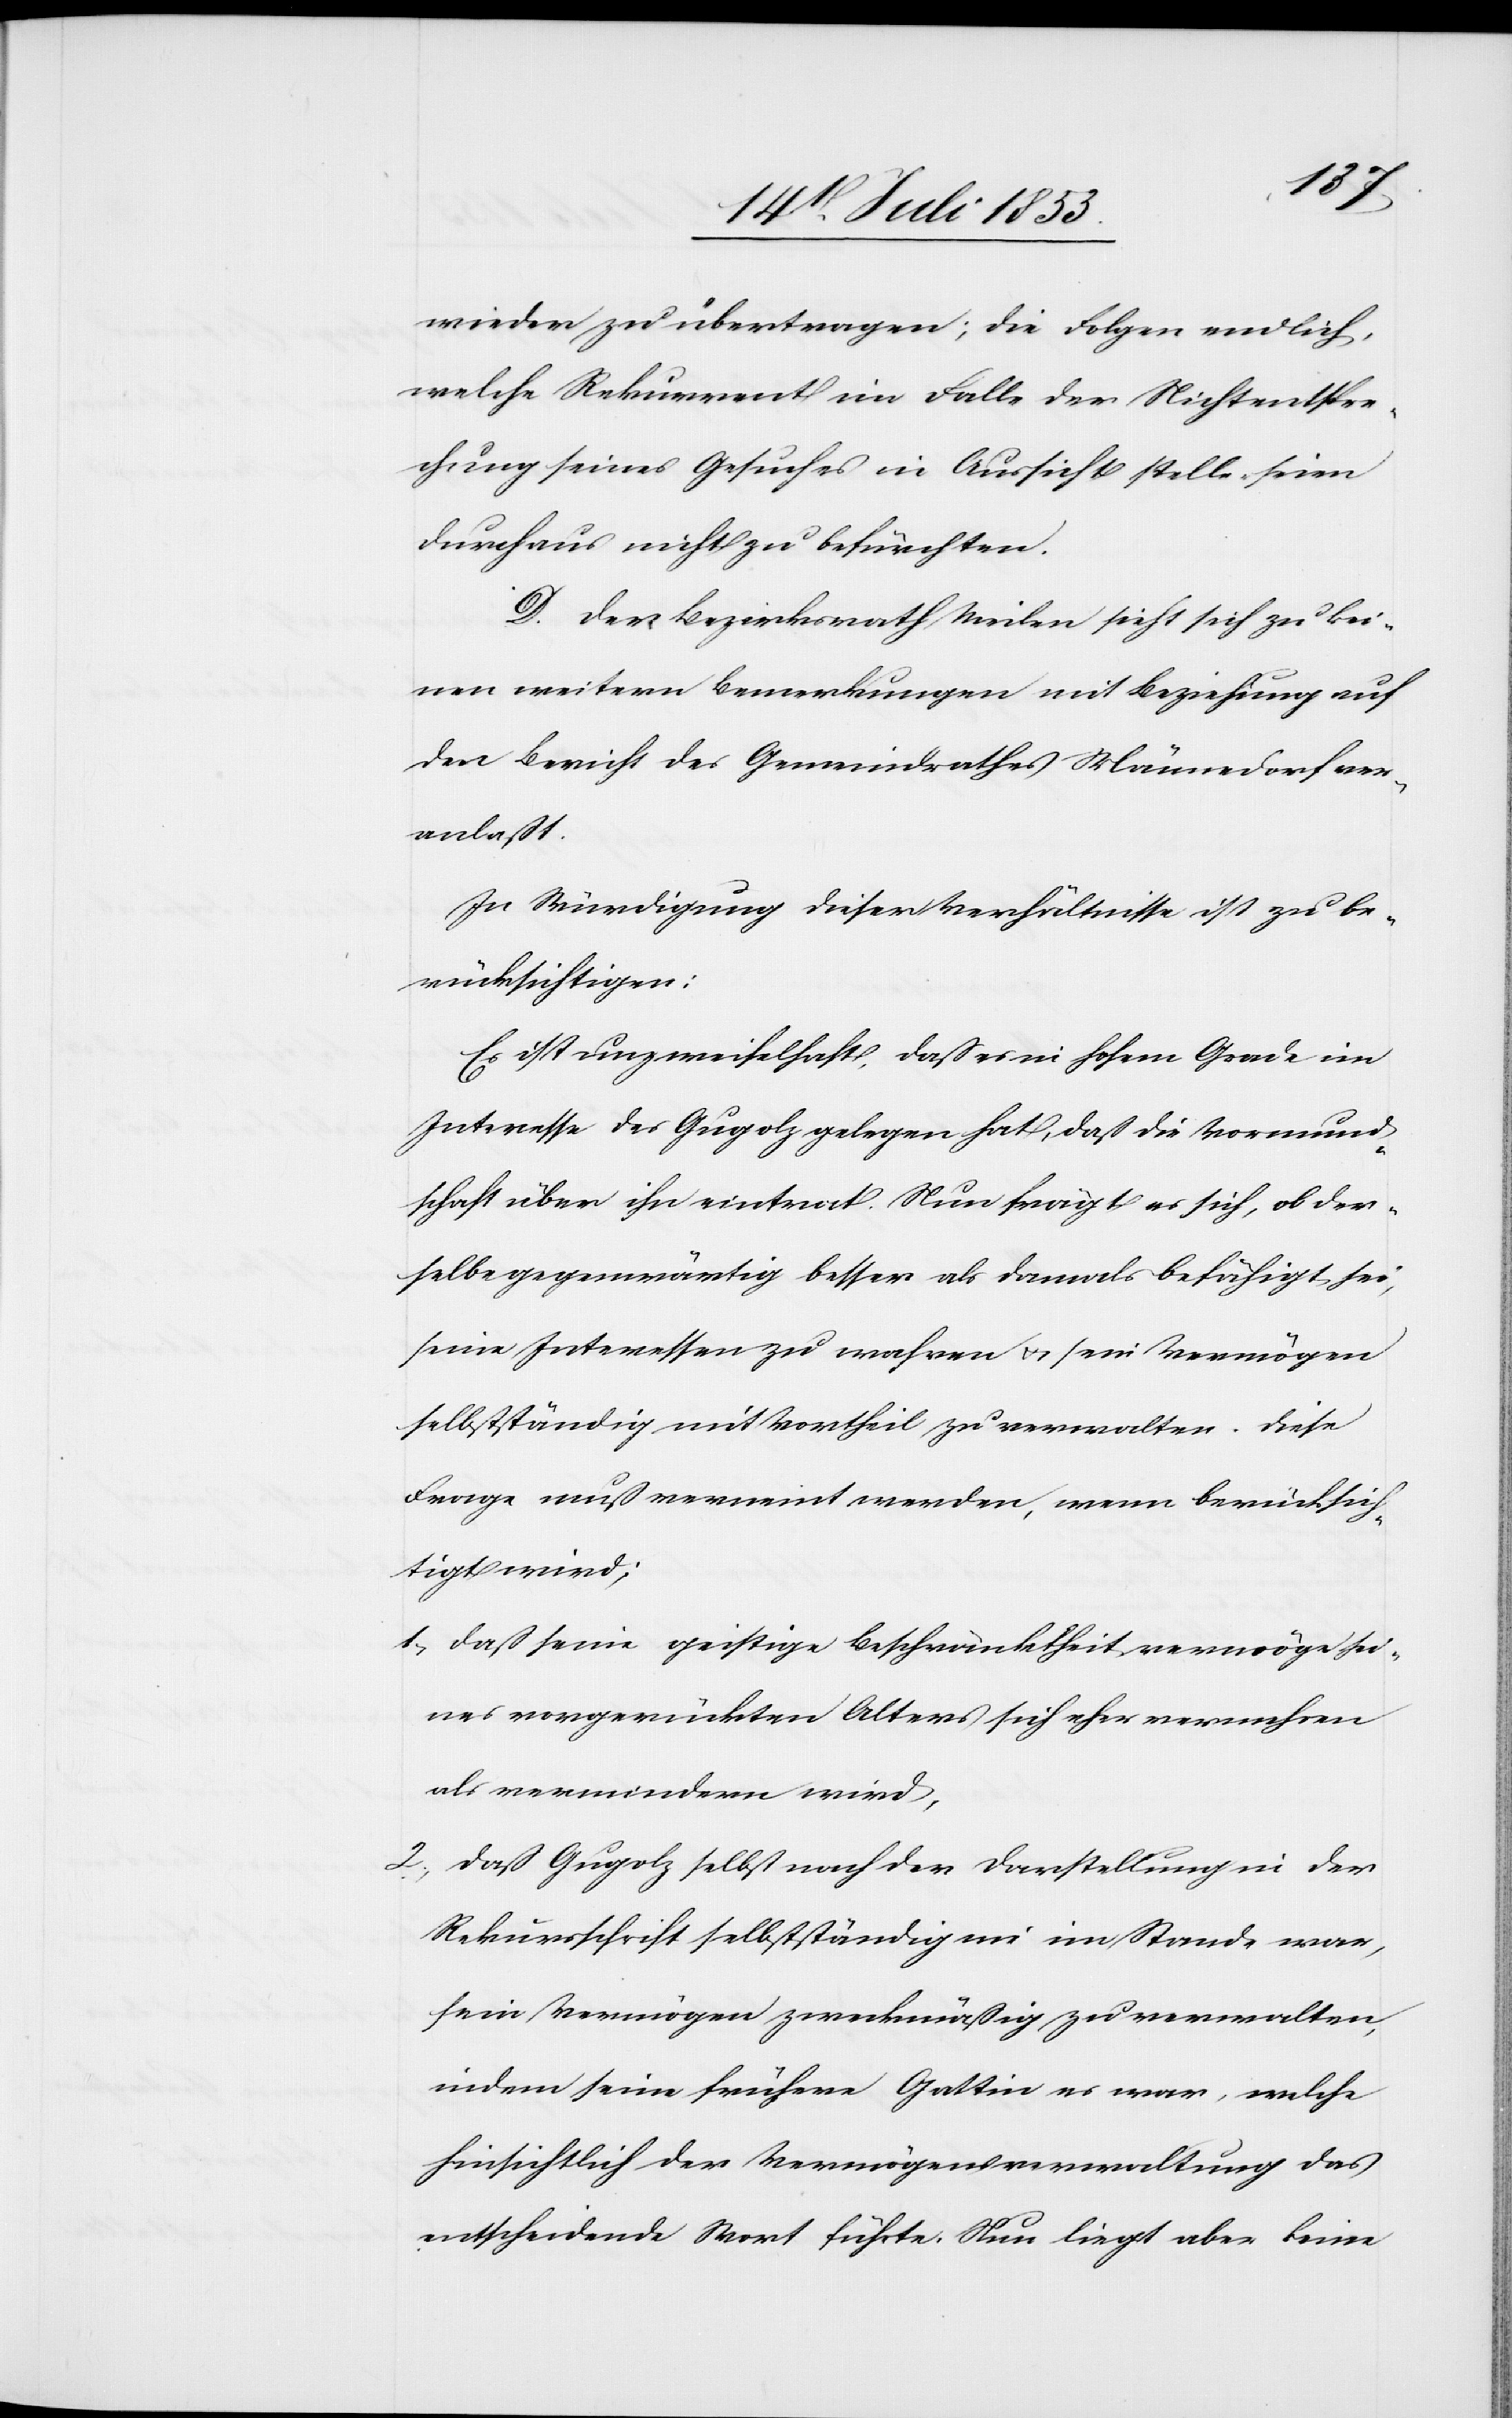
wieder zu übertragen; die Folgen endlich,
welche Rekurrent im Falle der Nichtentspre¬
chung seines Gesuches in Aussicht stelle seien
durchaus nicht zu befürchten.
D. Der Bezirksrath Meilen sieht sich zu kei¬
nen weitern Bemerkungen mit Beziehung auf
den Bericht des Gemeindrathes Männedorf ver¬
anlaßt.
In Würdigung dieser Verhältnisse ist zu be¬
rücksichtigen:
Es ist unzweifelhaft, daß es im hohen Grade im
Interesse des Gugolz gelegen hat, daß die Vormund¬
schaft über ihn eintrat. Nun frägt es sich, ob der¬
selbe gegenwärtig besser als damals befähigt sei,
seine Interessen zu wahren u. sein Vermögen
selbständig mit Vortheil zu verwalten. Diese
Frage muß verneint werden, wenn berücksich¬
tigt wird;
1, daß seine geistige Beschränktheit vermöge sei¬
nes vorgerückten Alters sich eher vermehren
als vermindern wird,
2, daß Gugolz selbst nach der Darstellung in der
Rekursschrift selbständig nie im Stande war,
sein Vermögen zweckmäßig zu verwalten,
indem seine frühere Gattin es war, welche
hinsichtlich der Vermögensverwaltung das
entscheidende Wort führte. Nun liegt aber keine